Elephants and their diseases
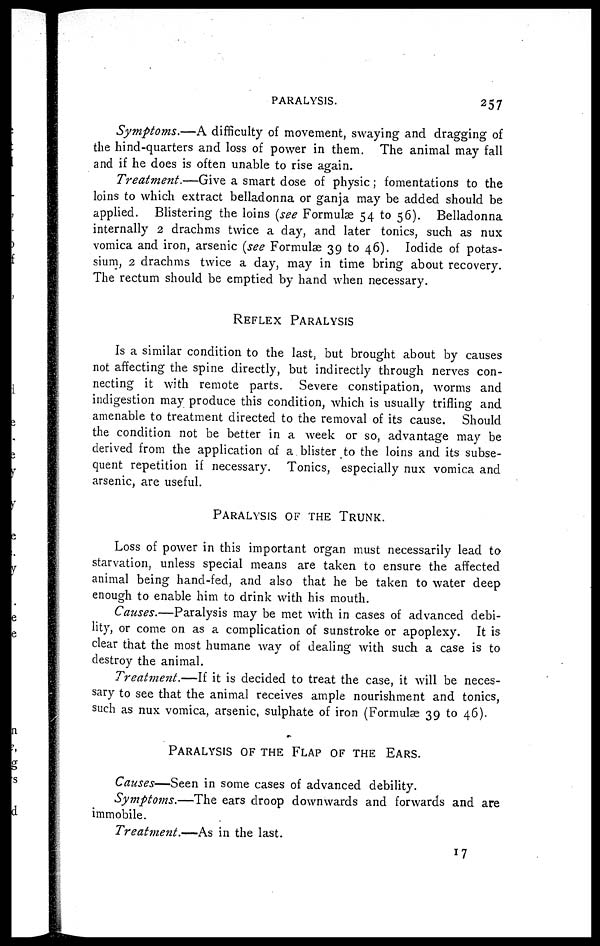
PARALYSIS.
257
Symptoms.—A difficulty of movement, swaying and dragging of
the hind-quarters and loss of power in them. The animal may fall
and if he does is often unable to rise again.
Treatment.—Give a smart dose of physic ; fomentations to the
loins to which extract belladonna or ganja may be added should be
applied. Blistering the loins (see Formulæ 54 to 56). Belladonna
internally 2 drachms twice a day, and later tonics, such as nux
vomica and iron, arsenic (see Formulæ 39 to 46). Iodide of potas-
sium, 2 drachms twice a day, may in time bring about recovery.
The rectum should be emptied by hand when necessary.
REFLEX PARALYSIS
Is a similar condition to the last, but brought about by causes
not affecting the spine directly, but indirectly through nerves con-
necting it with remote parts. Severe constipation, worms and
indigestion may produce this condition, which is usually trifling and
amenable to treatment directed to the removal of its cause. Should
the condition not be better in a week or so, advantage may be
derived from the application of a blister to the loins and its subse-
quent repetition if necessary. Tonics, especially nux vomica and
arsenic, are useful.
PARALYSIS OF THE TRUNK.
Loss of power in this important organ must necessarily lead to
starvation, unless special means are taken to ensure the affected
animal being hand-fed, and also that he be taken to water deep
enough to enable him to drink with his mouth.
Causes.—Paralysis may be met with in cases of advanced debi-
lity, or come on as a complication of sunstroke or apoplexy. It is
clear that the most humane way of dealing with such a case is to
destroy the animal.
Treatment.—If it is decided to treat the case, it will be neces-
sary to see that the animal receives ample nourishment and tonics,
such as nux vomica, arsenic, sulphate of iron (Formulae 39 to 46).
PARALYSIS OF THE FLAP
OF
THE
EARS.
Causes—Seen in some cases of advanced debility.
Symptoms.—The ears droop downwards and forwards and are
immobile.
Treatment.—As in the last.
17